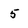
Character: 5